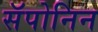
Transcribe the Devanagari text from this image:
सॅपोनिन